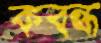
কবন্ধ